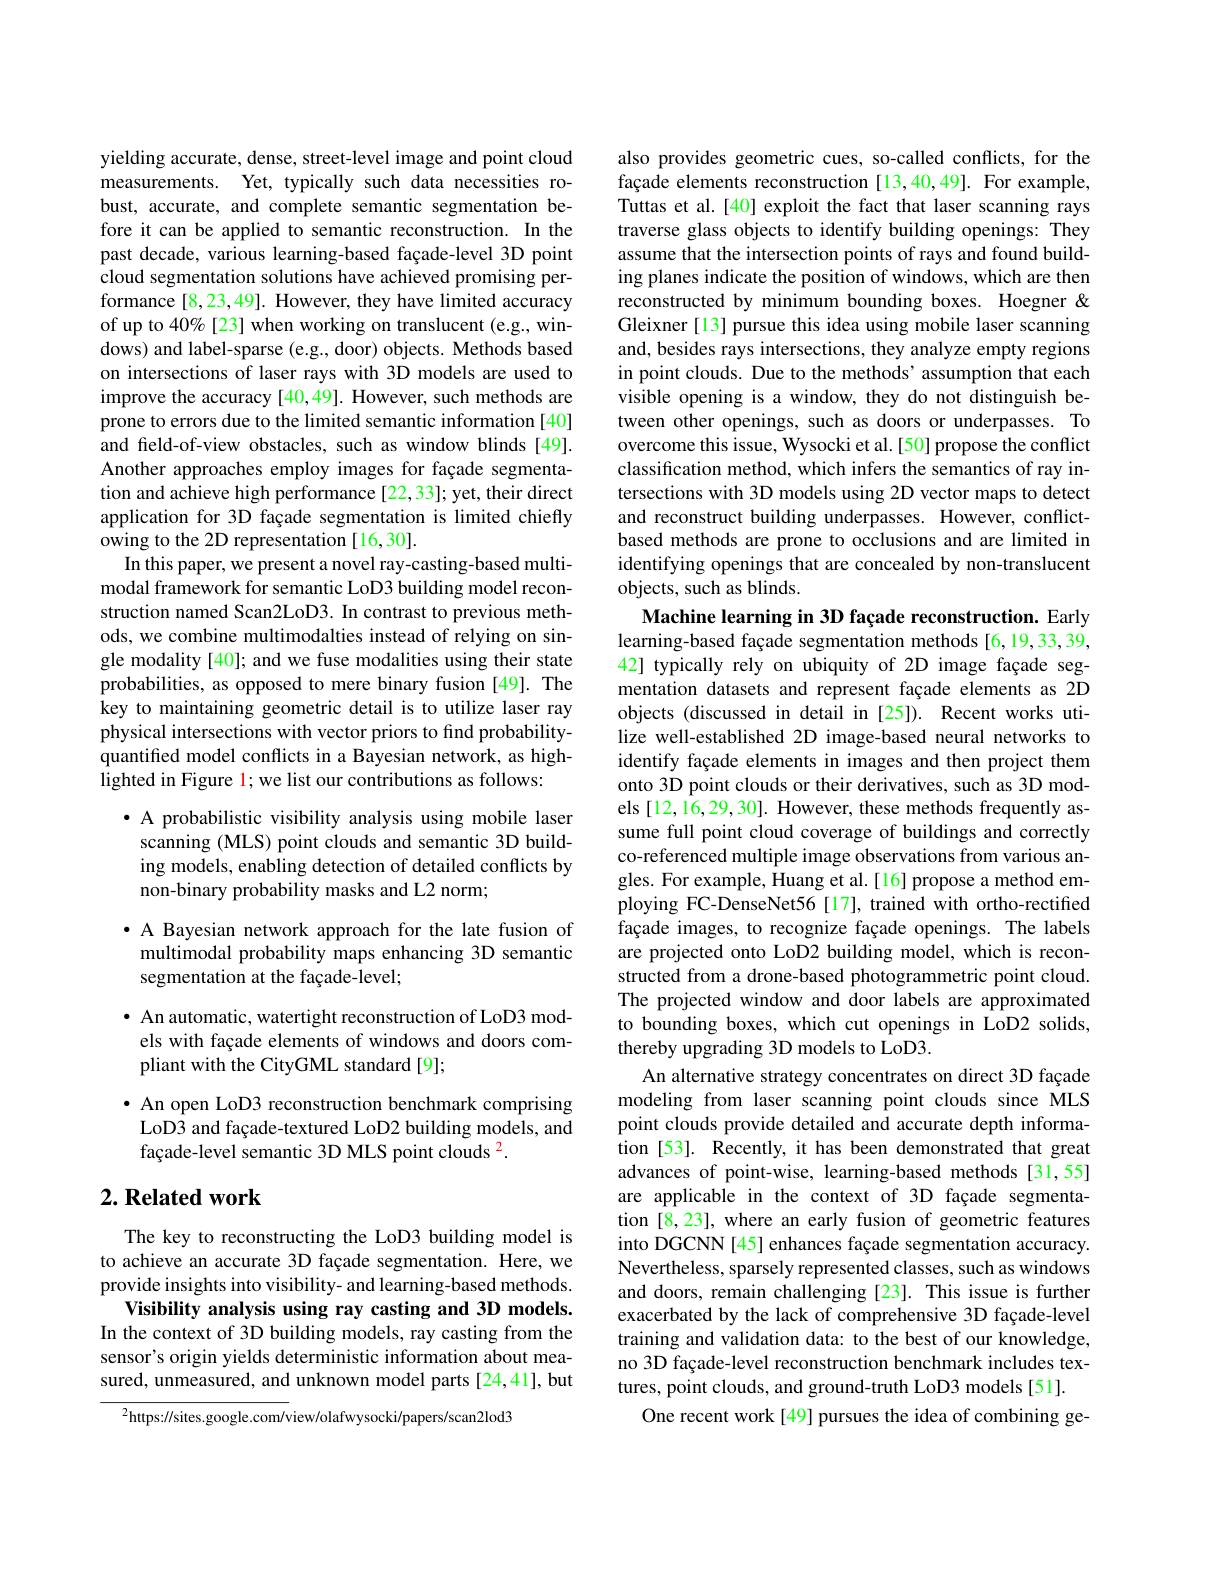
yielding accurate, dense, street-level image and point cloud measurements. Yet, typically such data necessities robust, accurate, and complete semantic segmentation before it can be applied to semantic reconstruction. In the past decade, various learning-based façade-level 3D point cloud segmentation solutions have achieved promising performance [8,23,49]. However, they have limited accuracy of up to 40% [23] when working on translucent (e.g., windows) and label-sparse (e.g., door) objects. Methods based on intersections of laser rays with 3D models are used to improve the accuracy [40,49]. However, such methods are prone to errors due to the limited semantic information [40] and feld-of-view obstacles, such as window blinds [49]. Another approaches employ images for façade segmentation and achieve high performance [22,33]; yet, their direct application for 3D façade segmentation is limited chiefly owing to the 2D representation [16,30].
In this paper, we present a novel ray-casting-based multimodal framework for semantic LoD3 building model reconstruction named Scan2LoD3. In contrast to previous methods, we combine multimodalties instead of relying on single modality [40]; and we fuse modalities using their state probabilities, as opposed to mere binary fusion [49]. The key to maintaining geometric detail is to utilize laser ray physical intersections with vector priors to find probabilityquantified model conflicts in a Bayesian network, as highlighted in Figure 1; we list our contributions as follows:

· A probabilistic visibility analysis using mobile laser scanning (MLS) point clouds and semantic 3D building models, enabling detection of detailed conflicts by non-binary probability masks and L2 norm;

· A Bayesian network approach for the late fusion of multimodal probability maps enhancing 3D semantic## segmentation at the façade-level;

· An automatic, watertight reconstruction of LoD3 models with façade elements of windows and doors compliant with the CityGML standard[9];

· An open LoD3 reconstruction benchmark comprising LoD3 and façade-textured LoD2 building models, and façade-level semantic 3D MLS point clouds $^{2}.$

## $2. \textbf{Related work}$

The key to reconstructing the LoD3 building model is to achieve an accurate 3D façade segmentation. Here, we provide insights into visibility- and learning-based methods.
Visibility analysis using ray casting and 3D models. In the context of 3D building models, ray casting from the sensor's origin yields deterministic information about measured, unmeasured, and unknown model parts [24,41], but

$^{2}$https://sites.google.com/view/olafwysocki/papers/scan2lod3

also provides geometric cues, so-called conflicts, for the façade elements reconstruction [13,40,49]. For example, Tuttas et al.[40] exploit the fact that laser scanning rays traverse glass objects to identify building openings: They assume that the intersection points of rays and found building planes indicate the position of windows, which are then reconstructed by minimum bounding boxes. Hoegner & Gleixner [13] pursue this idea using mobile laser scanning and, besides rays intersections, they analyze empty regions in point clouds. Due to the methods' assumption that each visible opening is a window, they do not distinguish between other openings, such as doors or underpasses. To overcome this issue, Wysocki et al.[50] propose the conflict classification method, which infers the semantics of ray intersections with 3D models using 2D vector maps to detect and reconstruct building underpasses. However, conflictbased methods are prone to occlusions and are limited in identifying openings that are concealed by non-translucent objects, such as blinds.
Machine learning in 3D façade reconstruction. Early

learning-based façade segmentation methods [6,19,33,39, 42] typically rely on ubiquity of 2D image façade segmentation datasets and represent façade elements as 2D objects (discussed in detail in [25]). Recent works utilize well-established 2D image-based neural networks to identify façade elements in images and then project them onto 3D point clouds or their derivatives, such as 3D models [12, 16, 29, 30]. However, these methods frequently assume full point cloud coverage of buildings and correctly co-referenced multiple image observations from various angles. For example, Huang et al.[16] propose a method employing FC-DenseNet56[17], trained with ortho-rectified façade images, to recognize façade openings. The labels are projected onto LoD2 building model, which is reconstructed from a drone-based photogrammetric point cloud. The projected window and door labels are approximated to bounding boxes, which cut openings in LoD2 solids, thereby upgrading 3D models to LoD3.
An alternative strategy concentrates on direct 3D façade modeling from laser scanning point clouds since MLS point clouds provide detailed and accurate depth information [53]. Recently, it has been demonstrated that great advances of point-wise, learning-based methods [31,55] are applicable in the context of 3D façade segmentation [8,23], where an early fusion of geometric features into DGCNN [45] enhances façade segmentation accuracy. Nevertheless, sparsely represented classes, such as windows and doors, remain challenging [23]. This issue is further exacerbated by the lack of comprehensive 3D façade-level training and validation data: to the best of our knowledge, no 3D façade-level reconstruction benchmark includes textures, point clouds, and ground-truth LoD3 models [51].
One recent work [49] pursues the idea of combining ge-